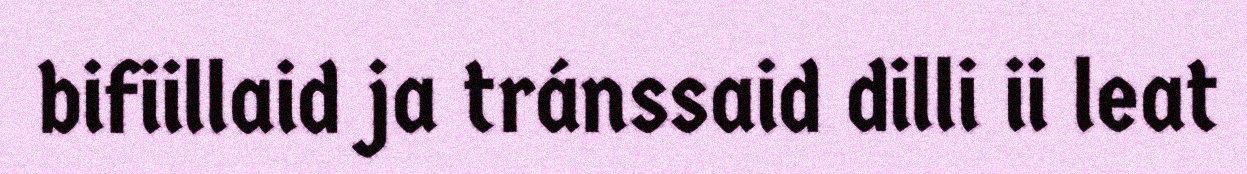
bifiillaid ja tránssaid dilli ii leat